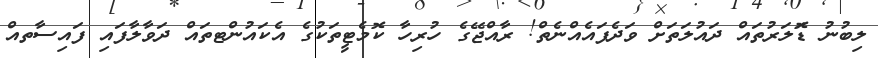
ލިބުނު ޑޮަލަރުތައް ދައުލަތަށް ވަދެފައެއްނެތް! ރާއްޖޭގެ ހުރިހާ ކޮމެޓީތަކުގެ އެކައުންޓތައް ދަވާލާފައި ފައިސާތއް